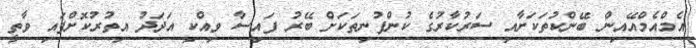
އެމްއެމްއޭއިން ބޭންކުތަކަށާއި ސަރުކާރުގެ ކުންފުނިތަކަށް ބޭރު ފައިސާ ވިއްކި އަދަދު އިތުރުކޮށްފައި ވާތީ